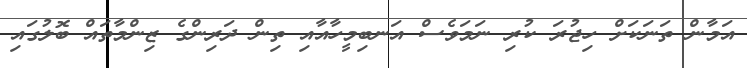
އަމާން ތަނަކަށް ހިޖުރަ ކުރި ނަމަވެސް އަނބިމީހާއާއި ތިން ދަރިންގެ ޒިންމާތައް ބޮލުގައި